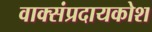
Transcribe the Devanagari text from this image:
वाक्संप्रदायकोश